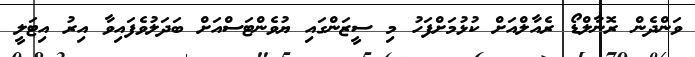
ވަންދެން ރޮނާލްޑޯ ރެއާލްއަށް ކުޅުމަށްފަހު މި ސީޒަންގައި ޔުވެންޓަސްއަށް ބަދަލުވެފައިވާ އިރު އިޓަލީ